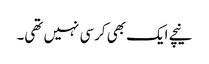
نیچے ایک بھی کرسی نہیں تھی۔